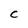
Character: C